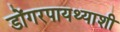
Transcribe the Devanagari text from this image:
डोंगरपायथ्याशी